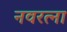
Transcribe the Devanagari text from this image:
नवरत्ना